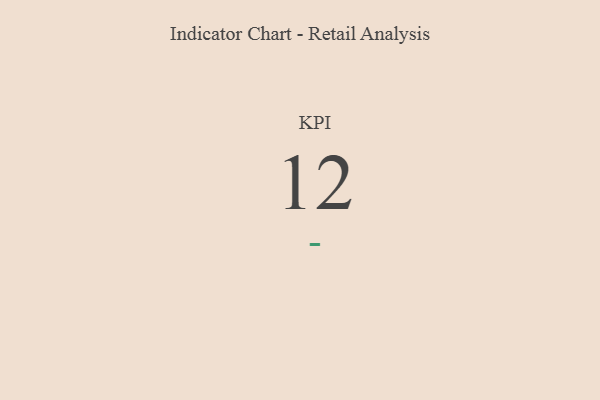
{"axis": {"x": "KPI", "y": "Value"}, "legend": [""], "data": [{"x": "KPI", "y": 12, "type": ""}]}